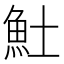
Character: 𩵚